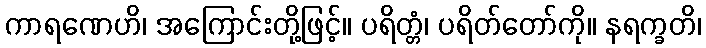
ကာရဏေဟိ၊ အကြောင်းတို့ဖြင့်။ ပရိတ္တံ၊ ပရိတ်တော်ကို။ နရက္ခတိ၊